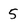
Character: 5